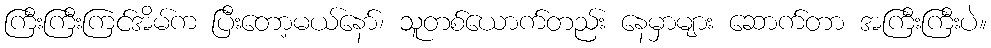
ကြီးကြီးကြင်အိမ်က ပြီးတော့မယ်နော်၊ သူတစ်ယောက်တည်း နေမှာများ ဆောက်တာ အကြီးကြီးပဲ။